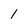
Character: 1